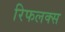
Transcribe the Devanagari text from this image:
रिफलक्स